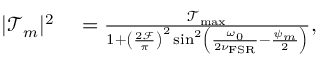
\begin{array} { r l } { | \mathcal { T } _ { m } | ^ { 2 } } & { { } = \frac { \mathcal { T } _ { \mathrm { m a x } } } { 1 + \left( \frac { 2 \mathcal { F } } { \pi } \right) ^ { 2 } \sin ^ { 2 } \left( \frac { \omega _ { 0 } } { 2 \nu _ { \mathrm { F S R } } } - \frac { \psi _ { m } } { 2 } \right) } , } \end{array}